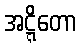
အဋ္ဋိတော